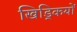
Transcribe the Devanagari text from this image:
खिड्कियों